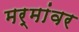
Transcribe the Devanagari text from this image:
मर्मांवर